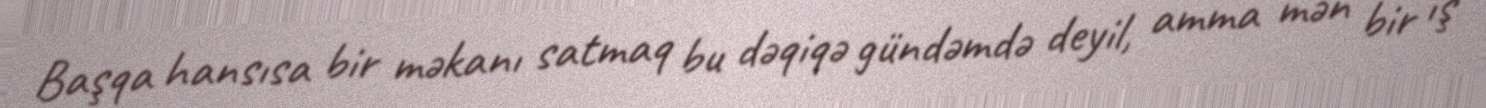
Başqa hansısa bir məkanı satmaq bu dəqiqə gündəmdə deyil, amma mən bir iş